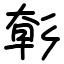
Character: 㣏